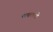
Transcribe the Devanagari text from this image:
मचलती